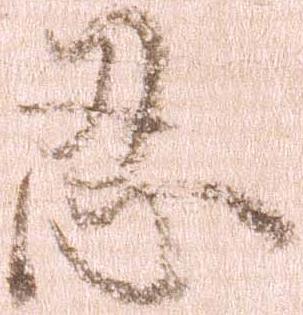
忍